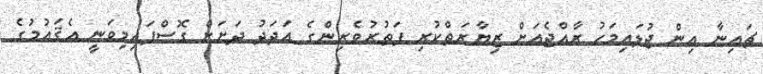
ޗައިނާ އިން ޖުލައިމަހު ރާއްޖެއަށް ޒިޔާރަތްކުރި ފަތުރުވެރިންގެ އަދަދު ދަށަށް ގޮސްފައިމިވަނީ އެޤައުމުގެ